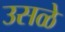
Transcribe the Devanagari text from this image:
उसळे